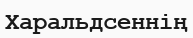
Харальдсеннің